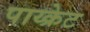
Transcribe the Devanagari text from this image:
पाय्क्रेट